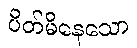
ပိတ်မိနေသော